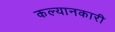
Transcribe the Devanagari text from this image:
कल्यानकारी